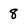
Character: 8